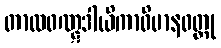
တာလဝဏ္ဋဒါယိကာဝိမာနဝတ္ထု